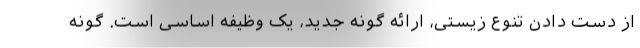
از دست دادن تنوع زیستی، ارائه گونه جدید، یک وظیفه اساسی است. گونه